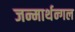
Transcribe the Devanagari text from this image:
जन्मार्थन्गल